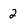
Character: 2